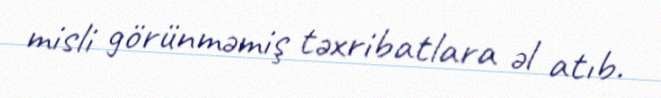
misli görünməmiş təxribatlara əl atıb.